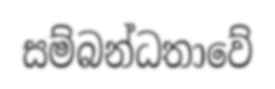
සම්බන්ධතාවේ